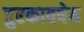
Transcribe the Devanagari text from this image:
तुरकावषेय